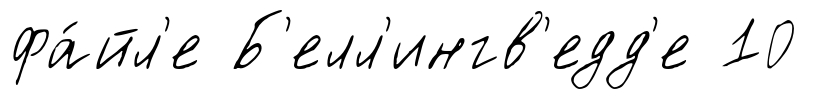
фа́йл'е Б'елл'ингв'едд'е 10